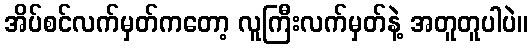
အိပ်စင်လက်မှတ်ကတော့ လူကြီးလက်မှတ်နဲ့ အတူတူပါပဲ။